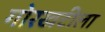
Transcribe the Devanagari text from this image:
गोरखटीला